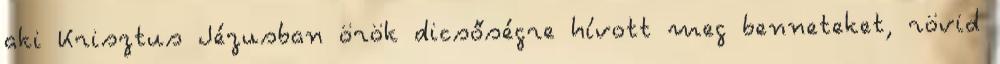
aki Krisztus Jézusban örök dicsőségre hívott meg benneteket, rövid